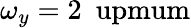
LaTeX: \omega_{y}=2~\mathrm{\ upmum}